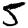
Digit: 5